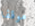
موقفا